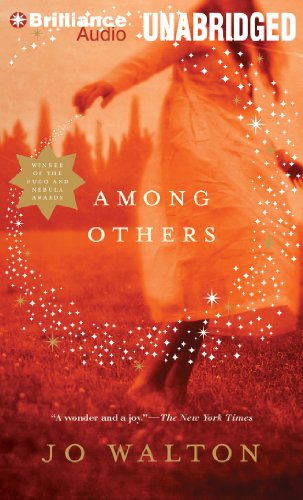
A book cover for Among Others; Jo Walton; Science Fiction & Fantasy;